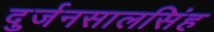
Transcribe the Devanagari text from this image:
दुर्जनसालसिंह